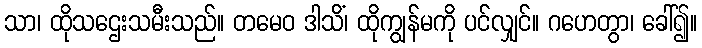
သာ၊ ထိုသဌေးသမီးသည်။ တမေဝ ဒါသိံ၊ ထိုကျွန်မကို ပင်လျှင်။ ဂဟေတွာ၊ ခေါ်၍။